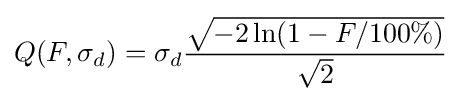
Q(F,\sigma _{d})=\sigma _{d}{\frac {\sqrt {-2\ln(1-F/100\%)}}{\sqrt {2}}}